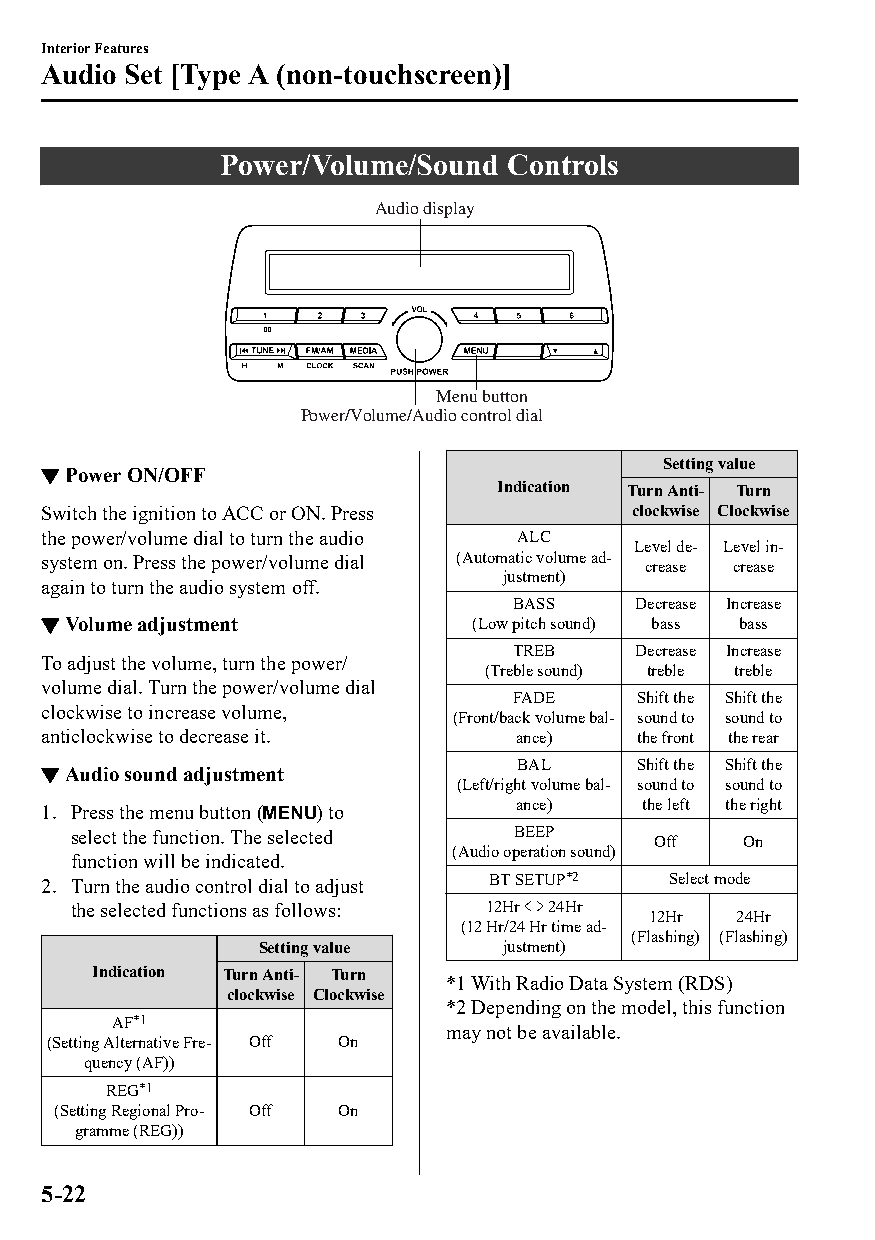
Interior Features
 Audio Set [Type A (non-touchscreen)]
 Power/Volume/Sound Controls
 Audio display
 Menu button
 Power/Volume/Audio control dial
 Setting value
 ▼Power ON/OFF
 Indication Turn Anti‐ Turn
 Switch the ignition to ACC or ON. Press clockwise Clockwise
 the power/volume dial to turn the audio ALC
 Level de‐ Level in‐
 system on. Press the power/volume dial (Automatic volume ad‐ crease crease
 justment)
 again to turn the audio system off.
 BASS    Decrease Increase
 ▼Volume adjustment           (Low pitch sound) bass bass
 TREB    Decrease Increase
 To adjust the volume, turn the power/
 (Treble sound) treble treble
 volume dial. Turn the power/volume dial
 FADE    Shift the Shift the
 clockwise to increase volume,
 (Front/back volume bal‐ sound to sound to
 anticlockwise to decrease it.   ance)   the front the rear
 ▼Audio sound adjustment         BAL     Shift the Shift the
 (Left/right volume bal‐ sound to sound to
 ance)   the left the right
 1. Press the menu button ( ) to
 select the function. The selected BEEP Off   On
 (Audio operation sound)
 function will be indicated.
 2. Turn the audio control dial to adjust BT SETUP*2 Select mode
 the selected functions as follows: 12Hr 24Hr
 12Hr 24Hr
 (12 Hr/24 Hr time ad‐
 (Flashing) (Flashing)
 Setting value   justment)
 Indication Turn Anti‐ Turn
 *1 With Radio Data System (RDS)
 clockwise Clockwise
 *2 Depending on the model, this function
 AF*1
 may not be available.
 (Setting Alternative Fre‐ Off On
 quency (AF))
 REG*1
 (Setting Regional Pro‐ Off On
 gramme (REG))
 5-22
 CX-3_8GT4-EE-18D_Edition4                  2018-9-6 18:32:19